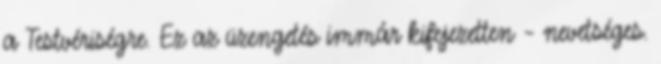
a Testvéri­ség­re. Ez az üzengetés immár kifejezetten – nevetséges.